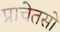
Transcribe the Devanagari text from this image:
प्राचेतसो